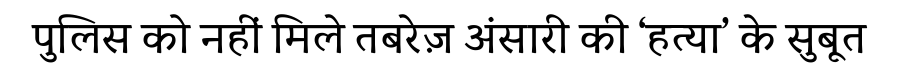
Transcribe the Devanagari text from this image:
पुलिस को नहीं मिले तबरेज़ अंसारी की ‘हत्या’ के सुबूत